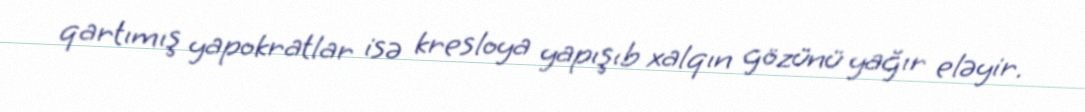
qartımış yapokratlar isə kresloya yapışıb xalqın gözünü yağır eləyir.